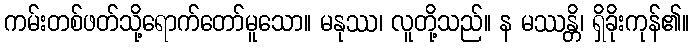
ကမ်းတစ်ဖတ်သို့ရောက်တော်မူသော။ မနုဿ၊ လူတို့သည်။ န မဿန္တိ၊ ရှိခိုးကုန်၏။